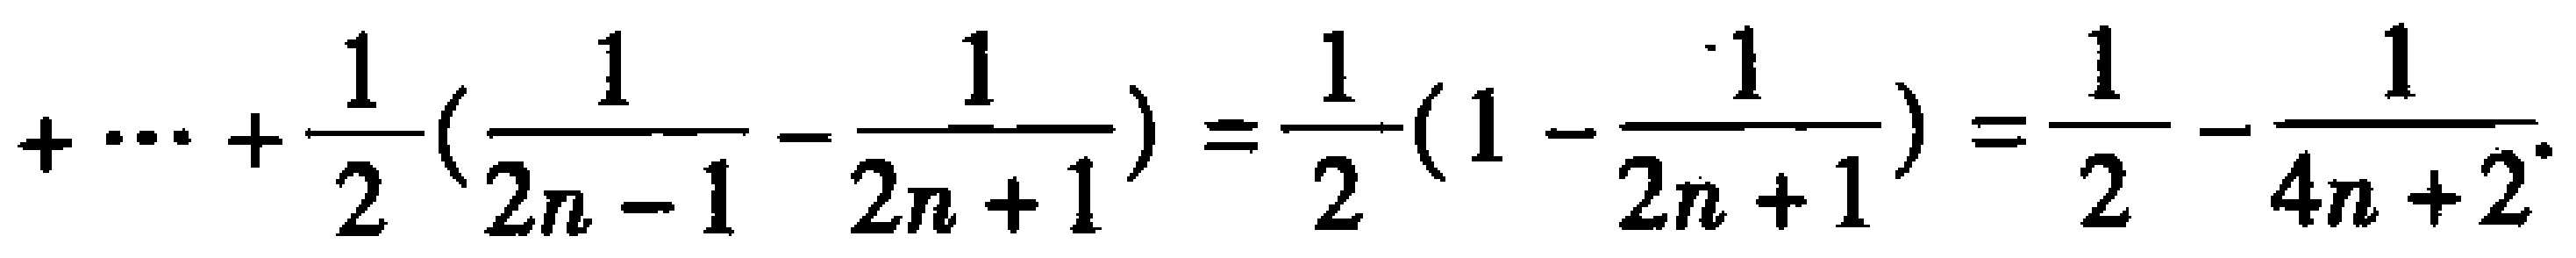
+\cdots+\frac{1}{2}(\frac{1}{2n - 1}-\frac{1}{2n + 1})=\frac{1}{2}(1-\frac{1}{2n + 1})=\frac{1}{2}-\frac{1}{4n + 2}